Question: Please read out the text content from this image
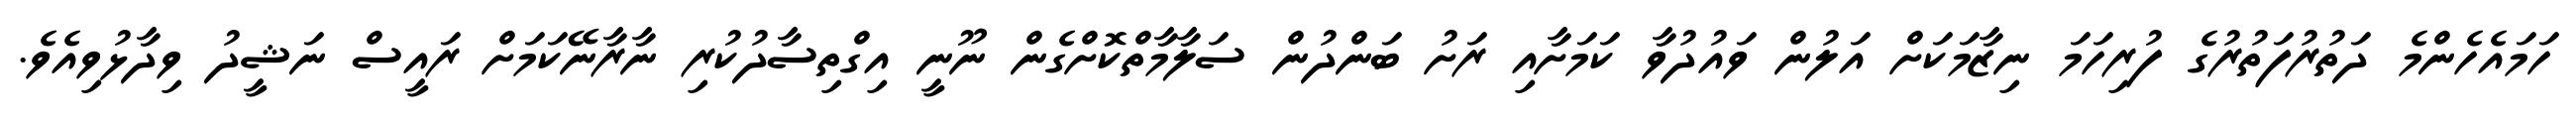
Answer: ހަމައެހެންމެ ދަތުރުފަތުރުގެ ފުރިހަމަ ނިޒާމަކަށް އަލުން ވައުދުވާ ކަމަށާއި ރަށު ބަންދުން ސަލާމާތްކޮށްގެން ނޫނީ އިގްތިސާދުކުރި ނާރާނޭކަމަށް ރައީސް ނަޝީދު ވިދާޅުވިއެވެ.